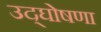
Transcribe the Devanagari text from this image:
उद्‌घोषणा